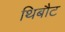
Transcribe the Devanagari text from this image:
थिबौट